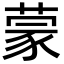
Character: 蒙